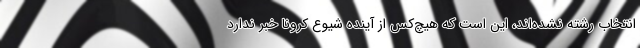
انتخاب رشته نشده‌اند، این است که هیچ‌کس از آینده شیوع کرونا خبر ندارد